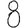
Digit: 8